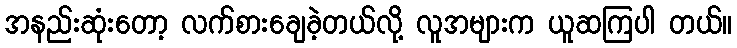
အနည်းဆုံးတော့ လက်စားချေခဲ့တယ်လို့ လူအများက ယူဆကြပါ တယ်။